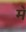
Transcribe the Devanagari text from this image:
म॓